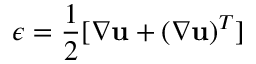
\boldsymbol { \epsilon } = \frac { 1 } { 2 } [ \nabla \mathbf { u } + ( \nabla \mathbf { u } ) ^ { T } ]